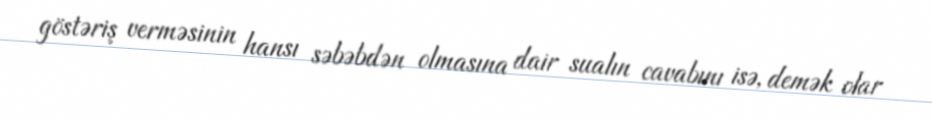
göstəriş verməsinin hansı səbəbdən olmasına dair sualın cavabını isə, demək olar